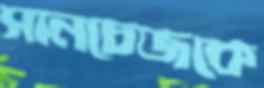
সানচেজকে